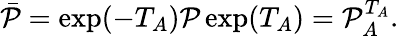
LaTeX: \begin{array}{r}{\bar{\mathcal{P}}=\exp(-T_{A})\mathcal{P}\exp(T_{A})=\mathcal{P}_{A}^{T_{A}}.}\end{array}